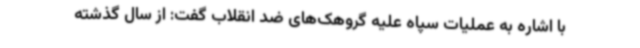
با اشاره به عملیات سپاه علیه گروهک‌های ضد انقلاب گفت: از سال گذشته